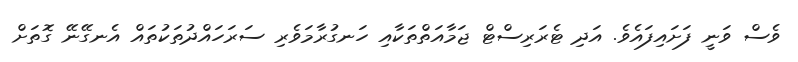
ވެސް ވަނީ ފަށައިފައެވެ. އަދި ޓެރަރިސްޓް ޖަމާއަތްތަކާއި ހަނގުރާމަވެރި ސަރަހައްދުތަކުތައް އެނގޭނޭ ގޮތަށް